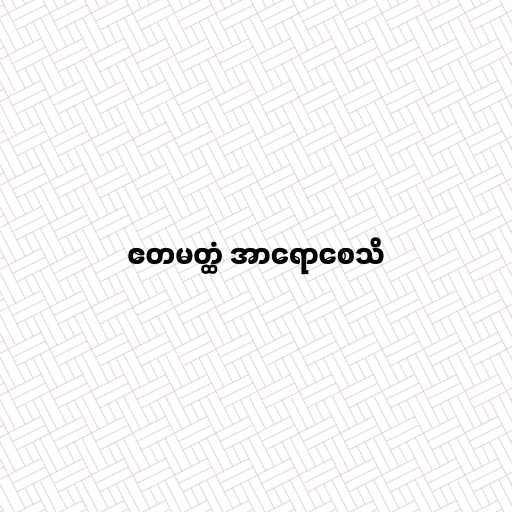
ဧတမတ္ထံ အာရောစေသိ